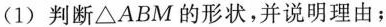
(1)判断\triangle ABM的形状，并说明理由；